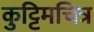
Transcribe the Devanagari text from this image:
कुट्टिमचित्र